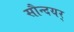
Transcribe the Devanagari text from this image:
सौन्दयर्